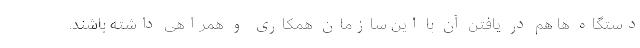
دستگاه ها هم در یافتن آن با این سازمان همکاری و همراهی داشته باشند.